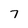
Character: 7